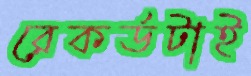
রেকর্ডটাই